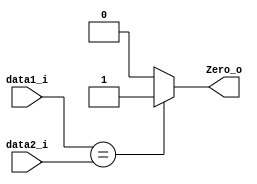
module Equal(
	data1_i,
	data2_i,
	Zero_o
);

// Ports
input   	[31:0]  data1_i;
input   	[31:0]  data2_i;
output 				Zero_o;

assign Zero_o   =   (data1_i == data2_i)?   1 : 0;

endmodule